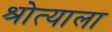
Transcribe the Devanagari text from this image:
श्रोत्याला